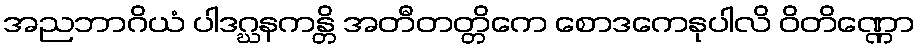
အညဘာဂိယံ ပါဒဂ္ဃနကန္တိ အတီတတ္တိကေ စောဒကေနုပါလိ ဝိတိဏ္ဏော